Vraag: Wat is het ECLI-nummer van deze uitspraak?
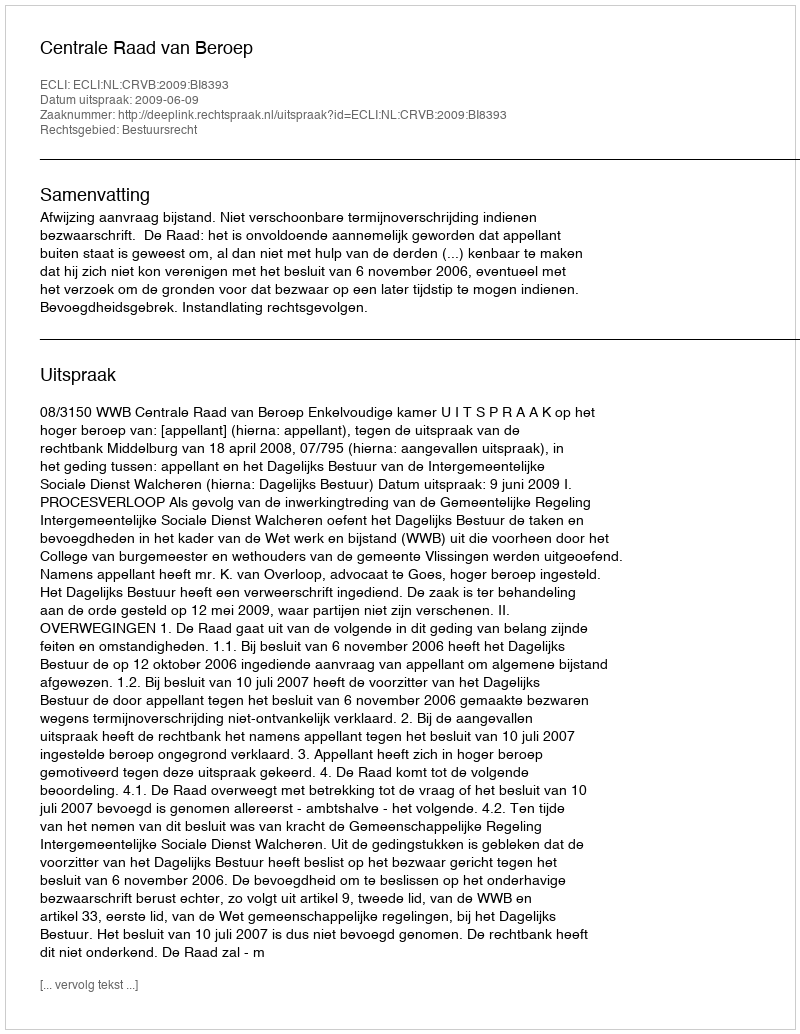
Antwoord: ECLI:NL:CRVB:2009:BI8393